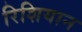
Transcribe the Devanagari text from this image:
रिशियान